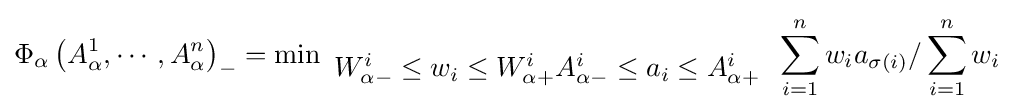
\Phi _{\alpha }\left({A_{\alpha }^{1},\cdots ,A_{\alpha }^{n}}\right)_{-}=\operatorname {\min } \limits _{\begin{array}{l}W_{\alpha -}^{i}\leq w_{i}\leq W_{\alpha +}^{i}A_{\alpha -}^{i}\leq a_{i}\leq A_{\alpha +}^{i}\end{array}}\sum \limits _{i=1}^{n}{w_{i}a_{\sigma (i)}/\sum \limits _{i=1}^{n}{w_{i}}}